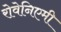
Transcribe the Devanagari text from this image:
रोवेनिएमी